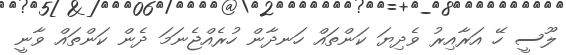
ލޫސީ ހޭ އަރާއިރު ވެދިޔަ ކަންތައް ހަނދާން ހުރެއްޖެނަމަ ދެން ކަންތައް ވާނީ